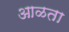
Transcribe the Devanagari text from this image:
आळता